Vaccination in Bombay 1874-1876 - 1874-1876
Year: 1874
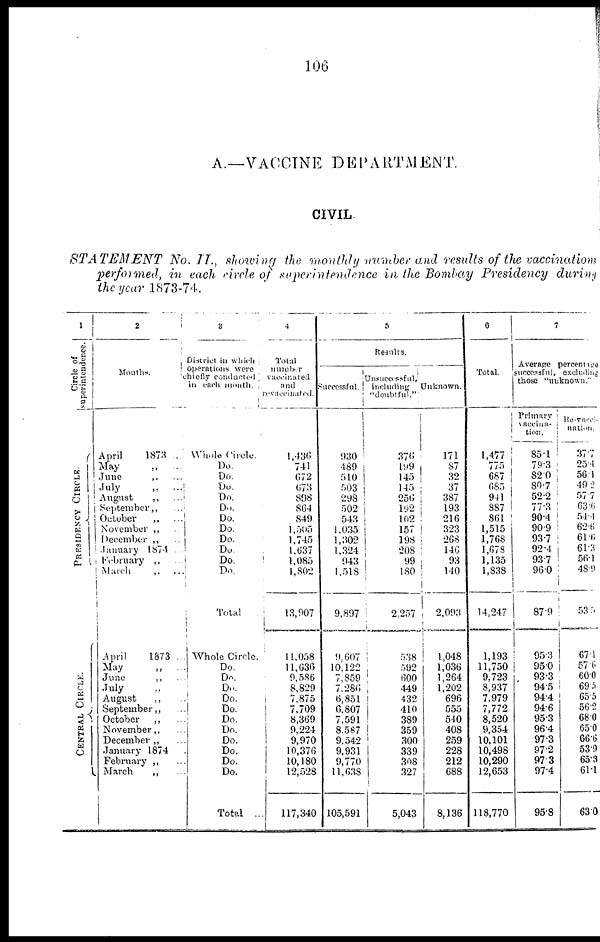
106
A.—VACCINE DEPARTMENT.
CIVIL.
STATEMENT No. II., showing the monthly number and results of the vaccination
performed, in each circle of superintendence in the Bombay Presidency during
the year 1873-74.
1
Circle of
superintendence.
PRESIDENCY CIRCLE.
CENTRAL CIRCLE.
2
Months
April
1873 ..
May „ ...
June
„ ...
July
„
...
August
„...
September„ ...
October
„ ...
November „ ...
December „ ...
January 1874.
February „ ..
March
,. ...
April
1873 ...
May
„ ...
June
„ ...
July „ ...
August
„ ...
September „ ...
October
„ ...
November „ ...
December „ ...
January 1874
February „ ...
March
„ ...
3
District in which
operations were
chiefly conducted
in each month.
Whole Circle.
Do.
Do.
Do.
Do.
DO.
Do.
Do.
Do.
Do.
Do.
Do.
Total
Whole Circle.
Do.
Do.
Do.
Do.
Do.
Do.
Do.
Do.
Do.
Do.
Do.
Total ...
4
Total
number
vaccinated
and
revaccinated.
1,436
741
672
673
898
864
849
1,505
1,745
1,637
1,085
1,802
13,907
11,058
11,636
9,586
8,829
7,875
7,709
8,369
9,224
9,970
10,376
10,180
12,528
117,340
5
Results.
Successful.
930
489
510
503
298
502
543
1,035
1,302
1,324
943
1,518
9,897
9,607
10,122
7,859
7,286
6,851
6,807
7,591
8,587
9,542
9,931
9,770
11,638
105,591
Unsuccessful.
including
"doubtful."'
376
199
145
145
256
192
102
157
198
208
99
180
2,257
538
592
600
449
432
410
389
359
300
339
308
327
5,043
Unknown.
171
87
32
37
387
193
216
323
268
146
93
140
2,093
1,048
1,036
1,264
1,202
696
555
540
408
259
228
212
688
8,136
6
Total.
1,477
775
687
685
941
887
861
1,515
1,768
1,678
1,135
1,838
14,247
1,193
11,750
9,723
8,937
7,979
7,772
8,520
9,354
10,101
10,498
10,290
12,653
118,770
7
Average percentage
successful, excluding
those "unknown."
Primary
vaccina-
tion.
85.1
79.3
82.0
80.7
52.2
77.3
90.4
90.9
93.7
92.4
93.7
96.0
87.9
95.3
95.0
93.3
94.5
94.4
94.6
95.3
96.4
97.3
97.2
97.3
97.4
95.8
Re-vacci-
nation.
37.7
25.4
56.1
49.2
57.7
63.6
54.4
62.6
61.6
61.3
56.1
48.9
53.5
67.1
57.6
60.0
69.5
65.5
56.2
68.0
65.0
66.6
53.9
65.3
61.1
63.0